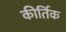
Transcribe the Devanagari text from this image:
कीर्तिक